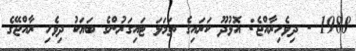
1988 - ދިވެހިރާއްޖެ: އޮޅުދޫ ކަރައިގެ ތަމަޅަ ޓައިގަރުންގެ ބަޔަކު ދިވެހި ރާއްޖޭގެ